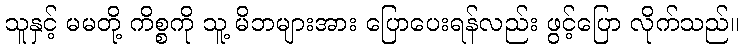
သူနှင့် မမတို့ ကိစ္စကို သူ့ မိဘများအား ပြောပေးရန်လည်း ဖွင့်ပြော လိုက်သည်။